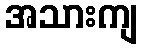
အသားကျ